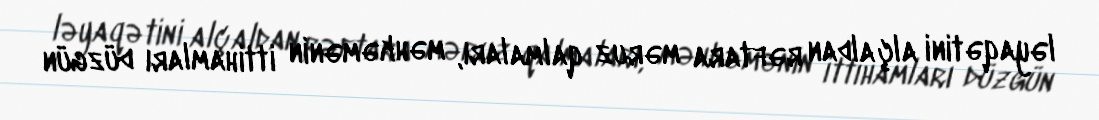
ləyaqətini alçaldan rəftara məruz qalmaları, məhkəmənin ittihamları düzgün